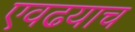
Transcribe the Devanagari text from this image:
एवढयाच